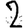
Digit: 2